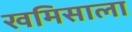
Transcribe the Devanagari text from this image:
खमिसाला